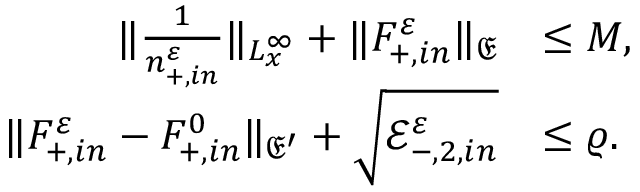
\begin{array} { r l } { \| \frac { 1 } { n _ { + , i n } ^ { \varepsilon } } \| _ { L _ { x } ^ { \infty } } + \| F _ { + , i n } ^ { \varepsilon } \| _ { \mathfrak E } } & { \leq M , } \\ { \| F _ { + , i n } ^ { \varepsilon } - F _ { + , i n } ^ { 0 } \| _ { \mathfrak E ^ { \prime } } + \sqrt { \mathscr E _ { - , 2 , i n } ^ { \varepsilon } } } & { \leq \varrho . } \end{array}